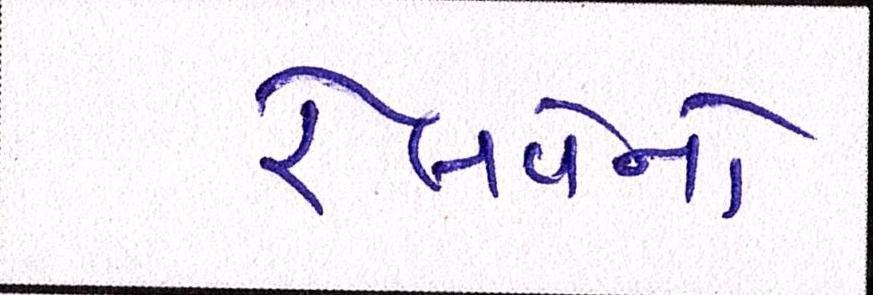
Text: રેલવેનો